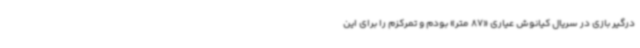
درگیر بازی در سریال کیانوش عیاری «87 متر» بودم و تمرکزم را برای این